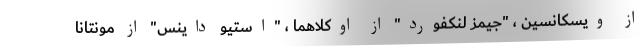
از ویسکانسین ، "جیمز لنکفورد" از اوکلاهما ، "استیو داینس" از مونتانا